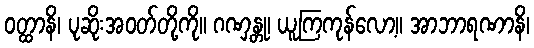
ဝတ္ထာနိ၊ ပုဆိုးအဝတ်တို့ကို။ ဂဏှန္တု၊ ယူကြကုန်လော့။ အာဘာရဏာနိ၊